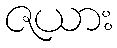
ဇယား